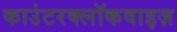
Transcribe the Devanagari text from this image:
काउंटरक्लॉकवाइज़